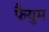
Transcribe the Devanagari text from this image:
फैयुम